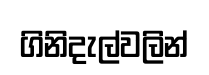
ගිනිදැල්වලින්